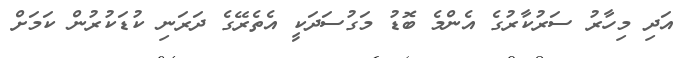
އަދި މިހާރު ސަރުކާރުގެ އެންމެ ބޮޑު މަގުސަދަކީ އެތެރޭގެ ދަރަނި ކުޑަކުރުން ކަމަށް